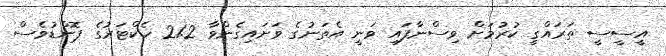
އީސީސީ ތަރައްގީ ކުރުމަށް ވިސްނާފައި ވަނީ އެތަނުގެ ވަށައިގެންވާ 21.2 ހެކްޓަރުގެ ޕޮންޑުވެސް